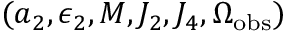
( a _ { 2 } , \epsilon _ { 2 } , M , J _ { 2 } , J _ { 4 } , \Omega _ { \mathrm { o b s } } )